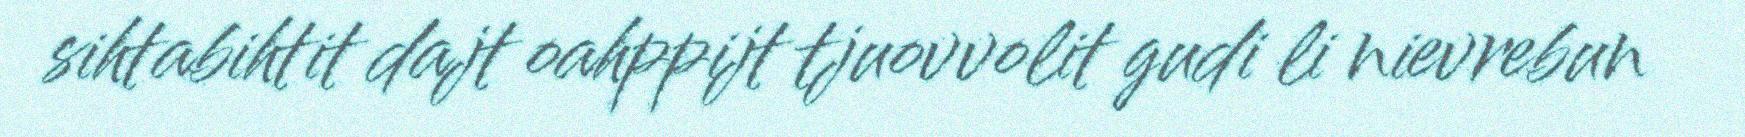
sihtabihtit dajt oahppijt tjuovvolit gudi li nievrebun